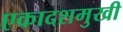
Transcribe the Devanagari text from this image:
एकादशमुखी